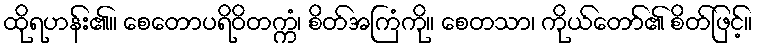
ထိုရဟန်း၏။ စေတောပရိဝိတက္ကံ၊ စိတ်အကြံကို။ စေတသာ၊ ကိုယ်တော်၏ စိတ်ဖြင့်။